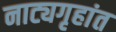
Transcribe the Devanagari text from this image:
नाट्यगृहांत